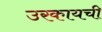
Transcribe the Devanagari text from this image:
उरकायची